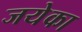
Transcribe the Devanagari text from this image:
जयेका